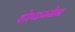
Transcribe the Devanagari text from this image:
होफम्मेन